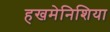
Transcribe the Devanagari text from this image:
हखमेनिशिया